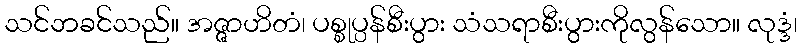
သင်ဘခင်သည်။ အဇ္ဇာဟိတံ၊ ပစ္စုပ္ပန်စီးပွား သံသရာစီးပွားကိုလွန်သော။ လုဒ္ဒံ၊